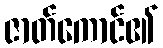
ဇာတ်ကောင်၏